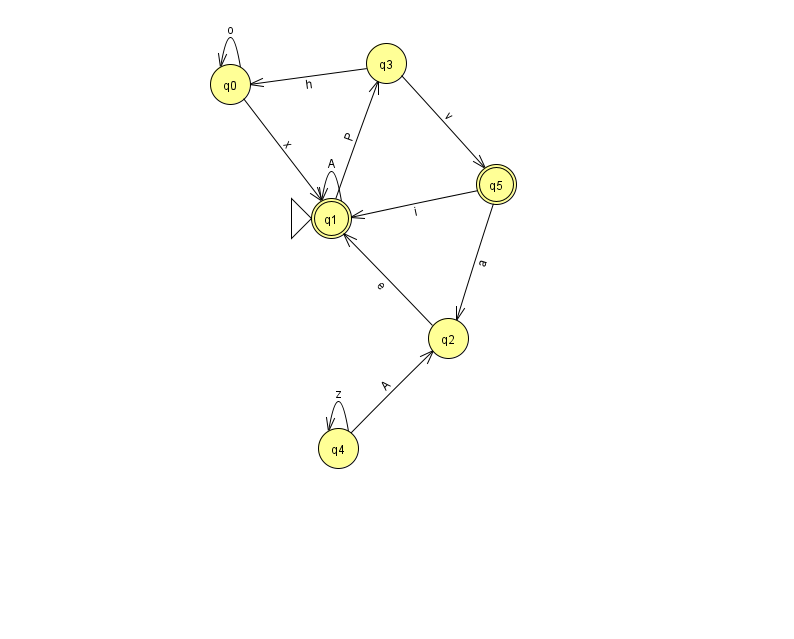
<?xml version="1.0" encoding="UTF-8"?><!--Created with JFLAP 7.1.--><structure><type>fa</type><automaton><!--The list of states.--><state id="0" name="q0"><x>230.0</x><y>71.0</y></state><state id="1" name="q1"><x>331.0</x><y>205.0</y><initial/><final/></state><state id="2" name="q2"><x>448.0</x><y>325.0</y></state><state id="3" name="q3"><x>386.0</x><y>50.0</y></state><state id="4" name="q4"><x>338.0</x><y>435.0</y></state><state id="5" name="q5"><x>496.0</x><y>171.0</y><final/></state><!--The list of transitions.--><transition><from>1</from><to>1</to><read>A</read></transition><transition><from>3</from><to>0</to><read>h</read></transition><transition><from>3</from><to>5</to><read>v</read></transition><transition><from>4</from><to>2</to><read>A</read></transition><transition><from>2</from><to>1</to><read>e</read></transition><transition><from>0</from><to>1</to><read>x</read></transition><transition><from>4</from><to>4</to><read>z</read></transition><transition><from>5</from><to>1</to><read>i</read></transition><transition><from>1</from><to>3</to><read>P</read></transition><transition><from>5</from><to>2</to><read>a</read></transition><transition><from>0</from><to>0</to><read>o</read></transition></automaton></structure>